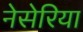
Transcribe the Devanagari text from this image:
नेसेरिया